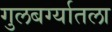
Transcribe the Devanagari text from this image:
गुलबर्ग्यातला